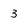
Character: 3